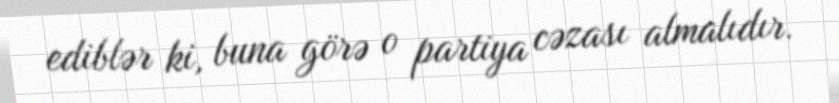
ediblər ki, buna görə o partiya cəzası almalıdır.